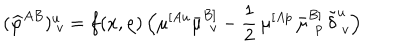
LaTeX: ( { \widehat \varphi } ^ { A B } ) _ { ~ v } ^ { u } = f ( x , \rho ) \, \Big ( \mu ^ { [ A u } \bar { \mu } _ { ~ \, v } ^ { B ] } - \frac { 1 } { 2 } \, \mu ^ { [ A p } \, \bar { \mu } _ { ~ \, p } ^ { B ] } \, \tilde { \delta } _ { ~ v } ^ { u } \Big )